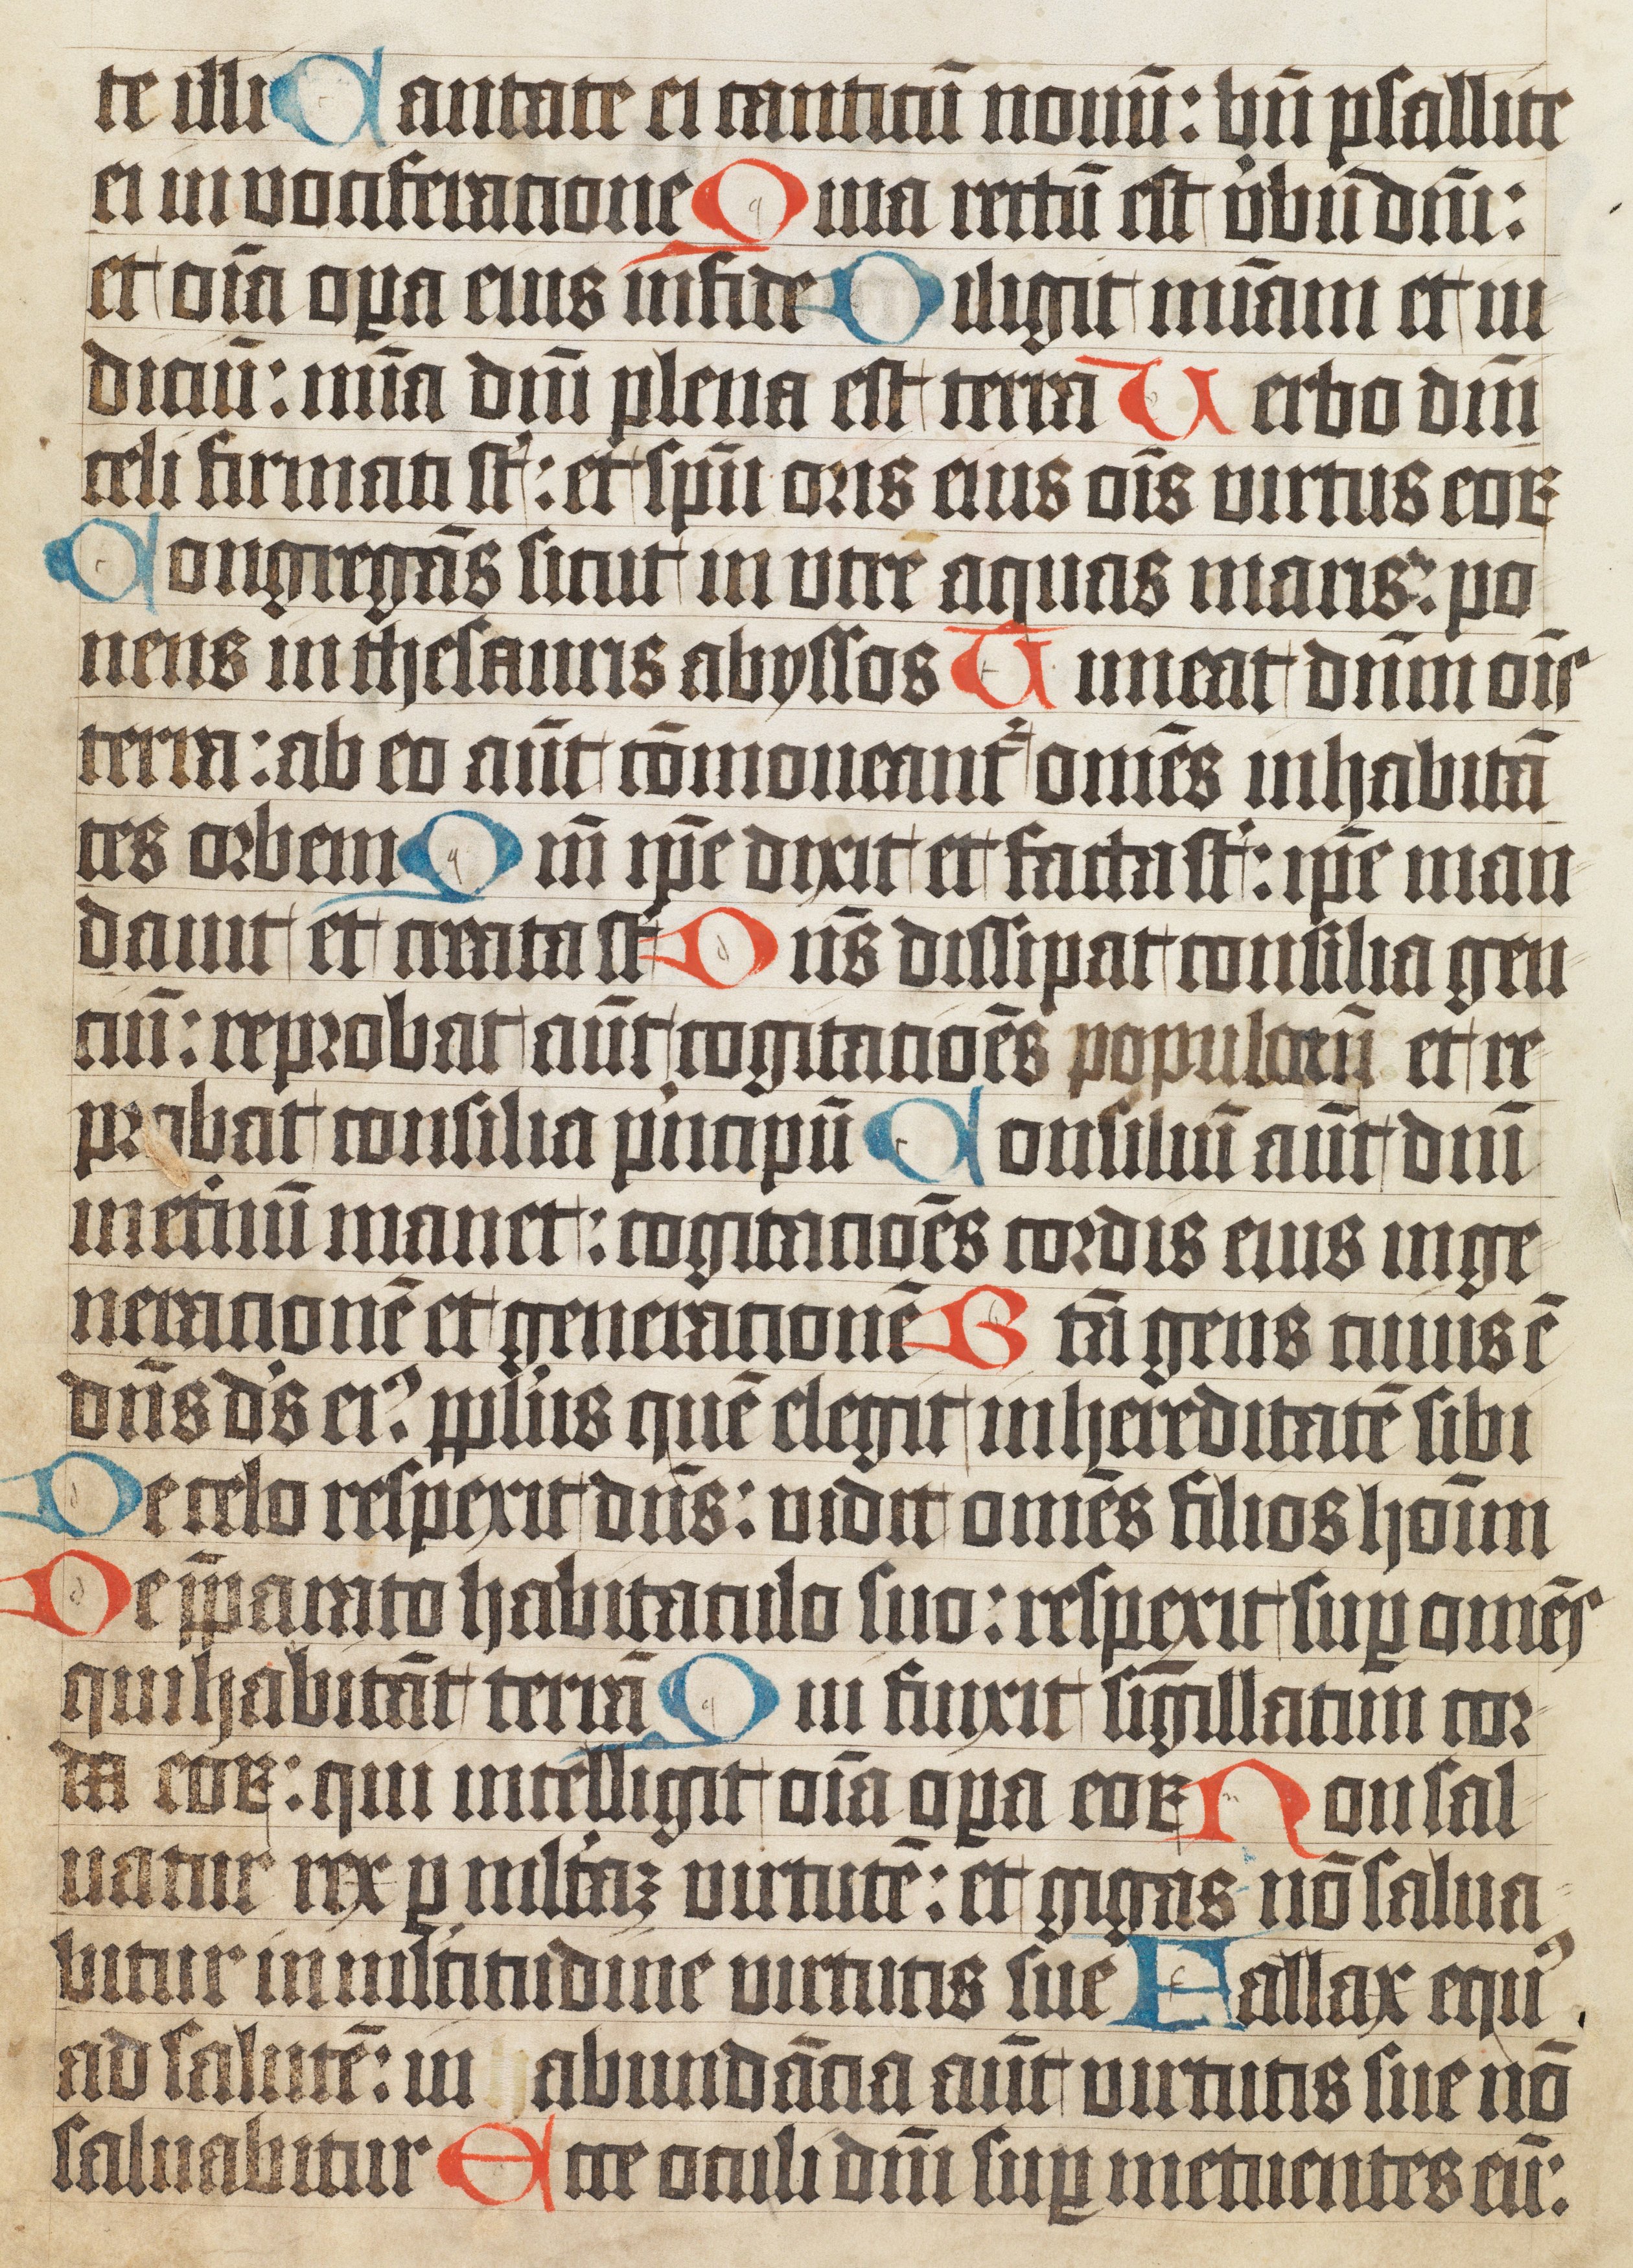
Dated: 1400–1499